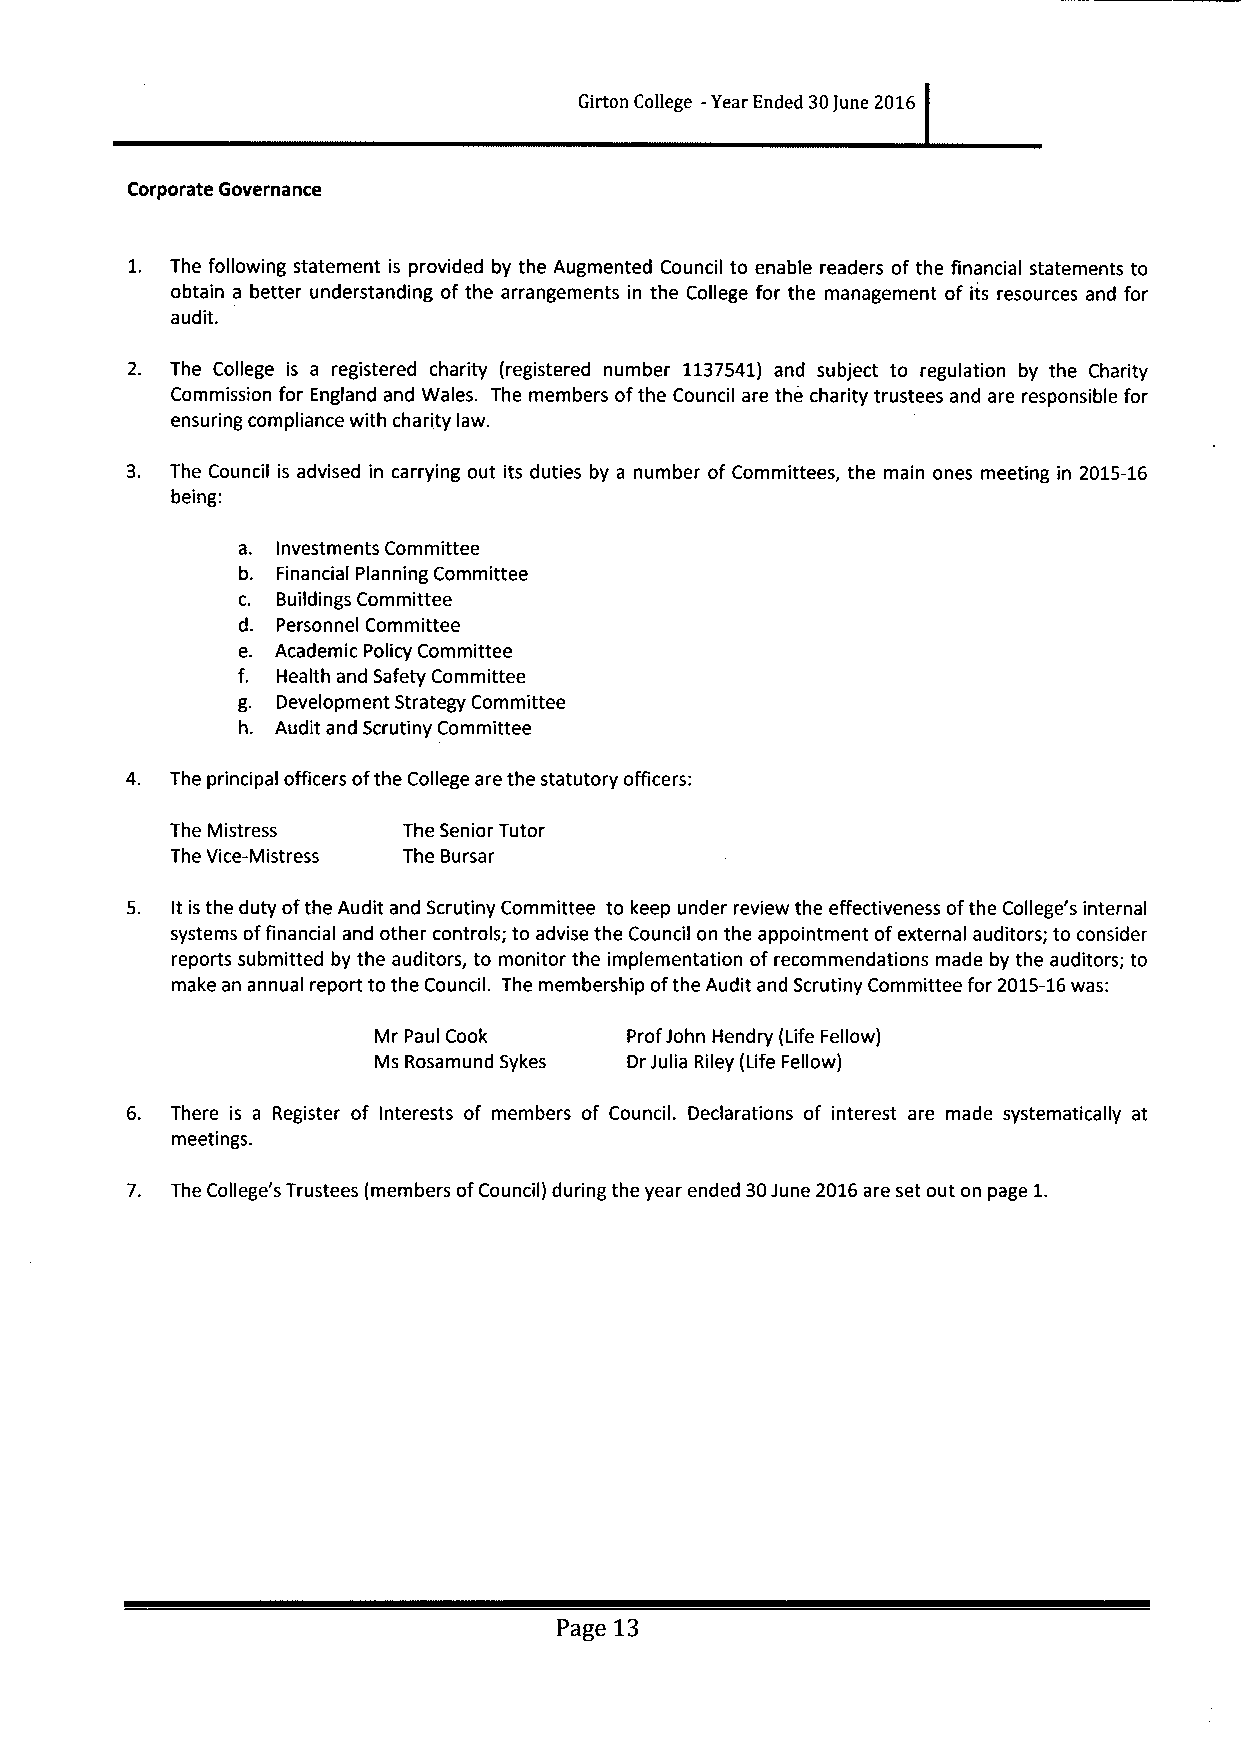
Girton College -Year Ended 30June 2016
 Corporate Governance
 1. The following statement is provided by the Augmented Council to enable readers of the financial statements to
 obtain a better understanding of the arrangements in the College for the management of its resources and for
 audit.
 2. The College is a registered charity (registered number 1137541) and subject to regulation by the Charity
 Commission for England and Wales. The members ofthe Council are the charity trustees and are responsible for
 ensuring compliance with charity law.
 3. The Council is advised in carrying out its duties by a number of Committees, the main ones meeting in 2015-16
 being:
 a. Investments Committee
 b. Financial Planning Committee
 c. Buildings Committee
 d. Personnel Committee
 e. Academic Policy Committee
 f. Health and Safety Committee
 g. Development Strategy Committee
 h. Audit and Scrutiny Committee
 4. The principal officers ofthe College are the statutory officers:
 The Mistress    The Senior Tutor
 The Vice-Mistress The Bursar
 5. It is the duty ofthe Audit and Scrutiny Committee to keep under review the effectiveness ofthe College's internal
 systems offinancial and other controls; to advise the Council on the appointment ofexternal auditors; to consider
 reports submitted by the auditors, to monitor the implementation of recommendations made by the auditors; to
 make an annual report to the Council. The membership ofthe Audit and Scrutiny Committee for 2015-16was:
 Mr Paul Cook     Prof John Hendry (Life Fellow)
 Ms Rosamund Sykes DrJulia Riley (Life Fellow)
 6. There is a Register of Interests of members of Council. Declarations of interest are made systematically at
 meetings.
 7. The College's Trustees (members ofCouncil) during the year ended 30June 2016are set out on page 1.
 Page 13